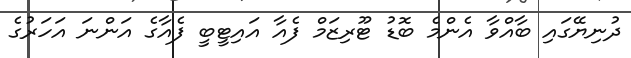
ދުނިޔޭގައި ބާއްވާ އެންމެ ބޮޑު ޓޫރިޒަމް ފެއާ އައިޓީބީ ފެއާގެ އަންނަ އަހަރުގެ